Vaccination in Bombay 1913-1923 - 1913-1923
Year: 1913
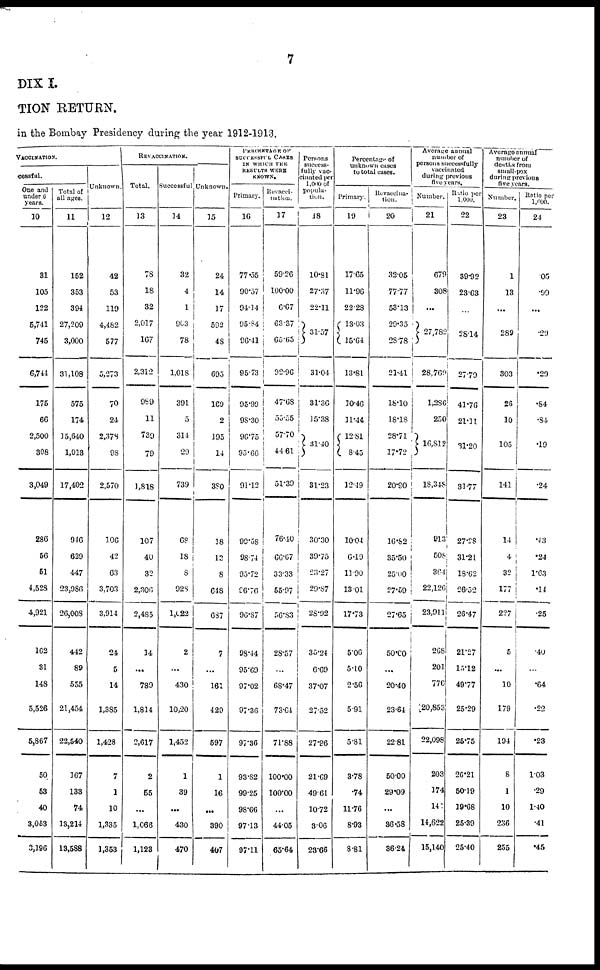
7
DIX I.
TION RETURN.
in the Bombay Presidency during the year 1912-1913.
VACCINATION.
cessful.
One and
under 6
years.
10
31
105
122
5,741
745
6,744
175
66
2,500
308
3,049
286
56
51
4,528
4,921
162
31
148
5,526
5,867
50
53
40
3,053
3,196
Total of
all ages.
11
152
353
394
27,209
3,000
31,108
575
174
15,640
1,013
17,402
946
629
447
23,986
26,008
442
89
555
21,454
22,540
167
133
74
13,214
13,588
Unknown.
12
42
53
119
4,482
577
5,273
70
24
2,378
98
2,570
106
42
63
3,703
3,914
24
5
14
1,385
1,428
7
1
10
1,335
1,353
REVACCINATION.
Total.
13
78
18
32
2,017
167
2,312
989
11
739
79
1,818
107
40
32
2,306
2,485
14
...
789
1,814
2,617
2
55
...
1,066
1,123
Successful
14
32
4
1
903
78
1,018
391
5
314
29
739
68
18
8
928
1,022
2
...
430
10,20
1,452
1
39
...
430
470
Unknown.
15
24
14
17
592
48
695
169
2
195
14
380
18
13
8
618
687
7
...
161
429
597
1
16
...
390
407
PERCENTAGE OF
SUCCESSFUL CASES
IN WHICH THE
RESULTS WERE
KNOWN.
Primary.
16
77.55
90.57
94.14
95.84
96.41
95.73
95.99
98.30
96.75
95.66
91.12
99.58
98.74
95.72
96.76
96.87
98.14
95.69
97.02
97.36
97.36
93.82
99.25
98.66
97.13
97.11
Revacci¬
nation.
17
59.26
100.00
6.67
63.37
65.65
92.96
47.68
55.55
57.70
44.61
51.39
76.40
66.67
3333
55.97
56.83
28.57
...
68.47
73.64
71.88
100.00
100.00
...
44.05
65.64
Persons
success-
fully vac¬
cinated per
1,000 of
popula-
tion.
18
10.81
27.37
22.11
31.57
31.04
31.36
15.38
31.40
31.23
30.30
39.75
23.27
29.87
28.92
35.24
6.69
37.07
27.52
27.96
21.69
49.61
10.72
3.06
23.66
Percentage of
unknown cases
to total cases.
Primary.
19
17.65
11.96
22.28
13.03
15.64
13.81
10.46
11.44
12.81
8.45
12.49
10.04
6.19
11.90
13.01
17.73
5.06
5.10
2.56
5.91
5.81
3.78
.74
11.76
8.93
8.81
Re vaccina-
tion.
20
32.05
77.77
53.13
29.35
28.78
21.41
18.10
18.18
28.71
17.72
20.90
16.82
35.50
25.00
27.59
27.65
50.00
...
20.40
23.64
22.81
50.00
29.09
...
36.58
36.24
Average annual
number of
persons successfully
vaccinated
during previous
five years.
Number.
21
679
308
...
27,782
28,769
1,286
250
16,812
18,348
913
508
364
22,126
23,911
268
201
776
20,853
22,098
203
174
141
14,622
15,140
Ratio per
1,000.
22
39.92
23.63
...
28.14
27.79
41.76
21.11
31.20
31.77
27.28
31.21
18.62
26.52
26.47
21.27
15.12
49.77
25.29
25.75
26.21
50.19
39.68
25.39
25.40
Average annual
number of
deaths from
small-pox
during previous
five years.
Number.
23
1
13
...
289
303
26
10
105
141
14
4
32
177
227
5
...
10
179
194
8
1
10
236
255
Ratio per
1,000.
24
.05
.99
...
.29
.29
.84
.84
.19
.24
.43
.24
1.63
.14
.25
.40
...
.64
.22
.23
1.03
.29
1.40
.41
.45